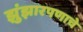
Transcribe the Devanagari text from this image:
झुंझारपणाचे